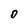
Character: D